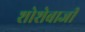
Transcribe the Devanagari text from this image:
शोशेबाजी